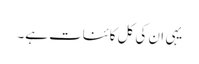
یہی ان کی کل کائنات ہے۔